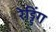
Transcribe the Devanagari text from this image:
रेड्डिंग